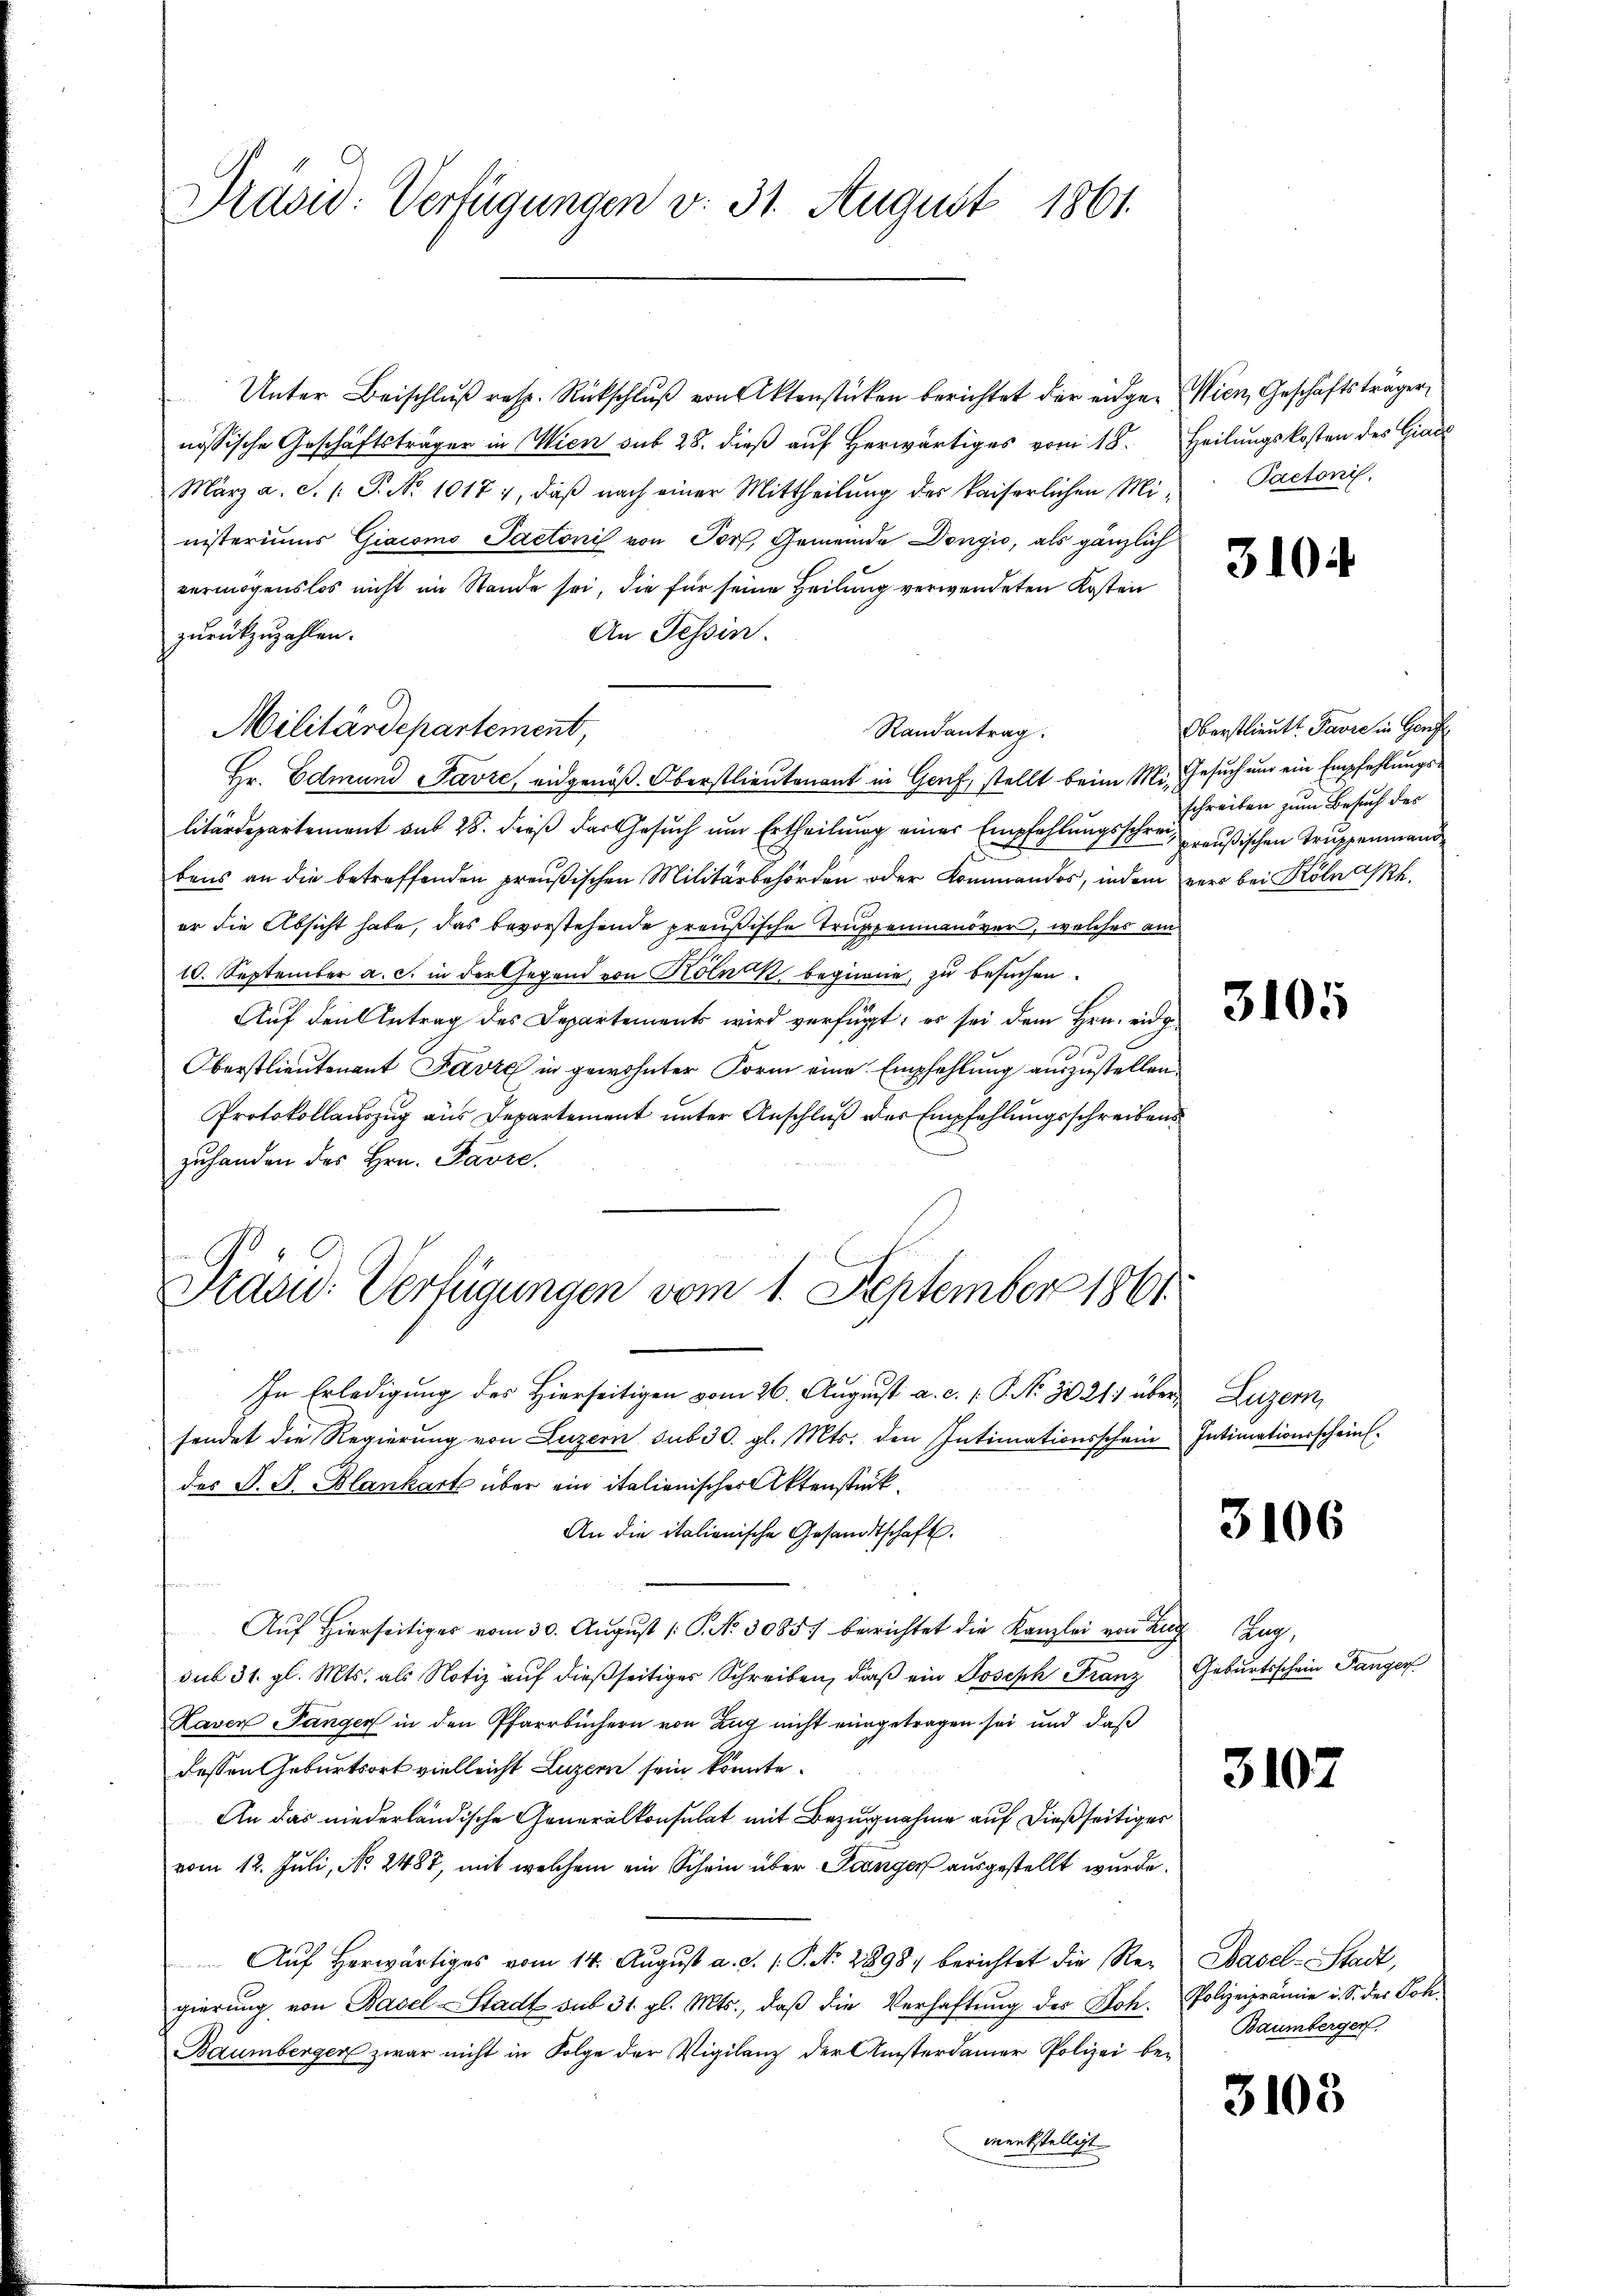
Präsid: Verfügungen v. 31. August 1861.

Unter Beischlŭβ resp. Rückschlŭβ von Aktenstücken berichtet der einger Wien, Geschäftsträger
nössische Geschäftsträger in Wien sub 28. dieß auf herwärtiges vom 18. Heilungskosten des Grade
März a. c. (: P. No 1017, daß nach einer Mittheilung des kaiserlichen Ministeriums Giacomo Pactonis von Torf, Gemeinde Dengio, als gänzlich
vermögenslos nicht im Stande sei, die für seine Heilung verwendeten Kosten
An Tessin.
zurückzuzahlen.
Randantrag
Hr. Edmund PPavre, eidgenöß. Oberstlieutenant in Genf, stellt beim Mi, Gesuch und ein Empfehlungslitärdepartement aus 28. dieß der Gesuch um Ertheilung einer Empfehlungsschrei preußischen Truppenmand
bens an die betreffenden preußischen Militärbehörden oder Kommandos, indem vers bei Kölnah
er die Absicht habe, das bevorstehende preußische Truppenmanöver, welches am
10. September a. c. in der Gegend von Kölnek beginne, zu besuchen.
Aŭf den Antrag des Departement wird verfügt, er sei dem Hrn. ei
Oberstlieutenant Favre in gewohnter Form eine Empfehlung auszustellen.
Protokollauszug aus Departement unter Anschluß des Empfehlungsschreibens
zuhanden des Hrn. Favre,
 2ten
t
Präsid. Verfügungen vom 1. September 1861
In Erledigung des Hierseitigen vom 26. August a. c. 1. P. Nr. 3021 über Luzern,
sendet die Regierŭng von Luzern sub 30. gl. Mts. den Intimationsschein Intimationsscheins.
des P. J. Blankart über ein italienischer Aktenstück.
An die italienische Gesandtschaft.
Aŭf Hierseitiger vom 30. Aŭgŭst /: P. Nr. 3085) berichtet die Kanzlei von auch Zug,
sub 31. gl. Mts. als Notiz auf dießseitiger Schreiben, daß ein Joseph Franz Geburtsschein Tanger
Laven Tangen in den Pfarrbüchern von Zug nicht eingetragen sei und daß
dessen Geburtsort vielleicht Luzern sein könnte.
An das niederländische Generalkonsulat mit Bezugnahme auf dießseitiger
vom 12. Juli, No. 2487, mit welchem ein Schein über Feinger ausgestellt wurde.
Aŭf herwärtiges vom 14. Aŭgŭst a. d. 1. P. Nr. 2898/ berichtet die Re- Basel-Stadt,
gierŭng von Basel-Stadt sub 31. gl. Mts., daβ die Verhaftŭng der Joh. Polizeiprämie u. S. des Joh.
Baumberger zwar nicht in Folge der Vigilanz der Ansterdamer Polizei bemenkstelligt

Militärdepartement,

Pactonis.

310

Oberstlieutt Favre in Genf
schreiben zum Besuch des

3106

3107

Baumberger

3103